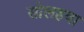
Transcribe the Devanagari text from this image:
सोलहवा